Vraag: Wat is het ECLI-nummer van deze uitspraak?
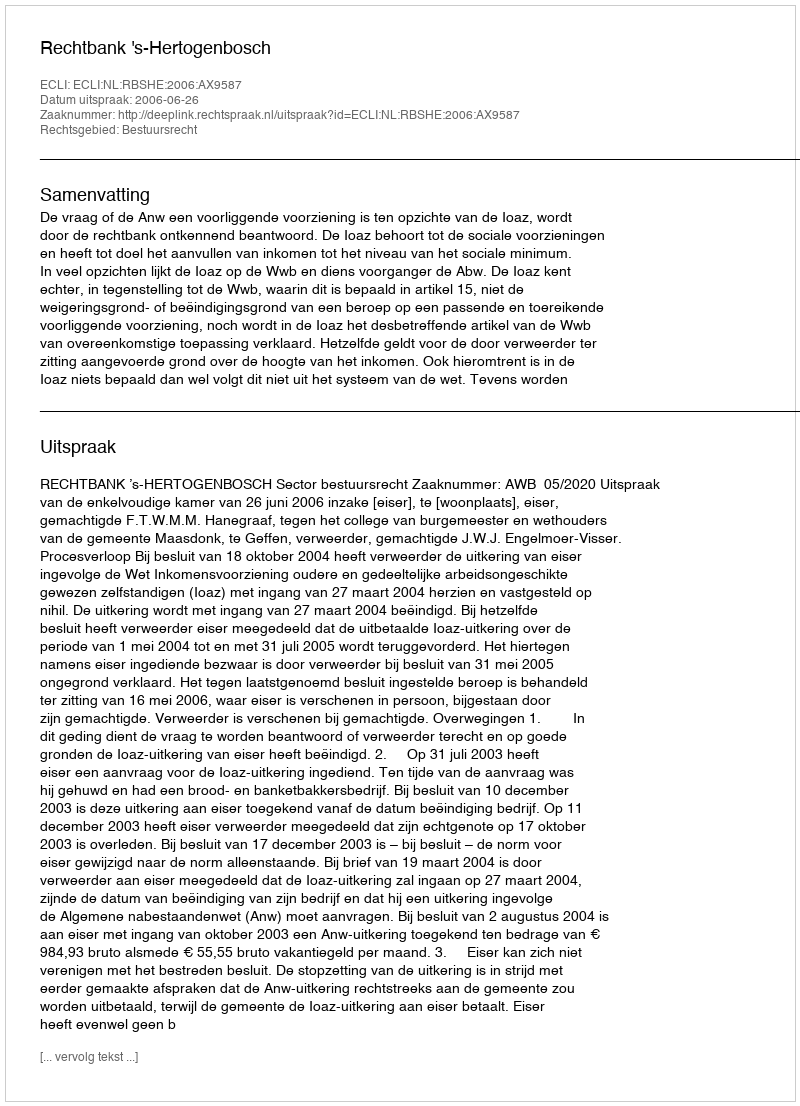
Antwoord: ECLI:NL:RBSHE:2006:AX9587